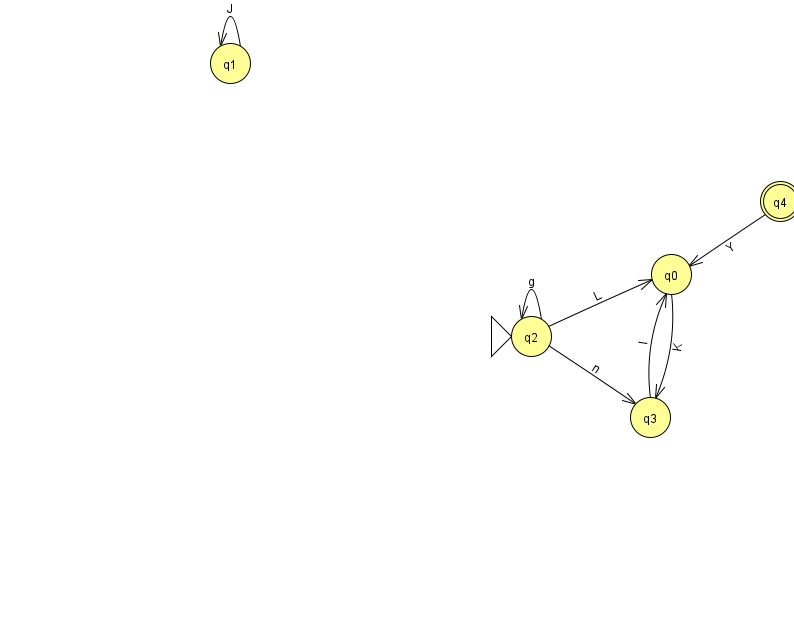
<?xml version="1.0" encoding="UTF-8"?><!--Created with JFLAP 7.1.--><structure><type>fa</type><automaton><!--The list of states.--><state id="0" name="q0"><x>671.0</x><y>261.0</y></state><state id="1" name="q1"><x>230.0</x><y>50.0</y></state><state id="2" name="q2"><x>531.0</x><y>323.0</y><initial/></state><state id="3" name="q3"><x>650.0</x><y>404.0</y></state><state id="4" name="q4"><x>780.0</x><y>188.0</y><final/></state><!--The list of transitions.--><transition><from>2</from><to>3</to><read>n</read></transition><transition><from>2</from><to>0</to><read>L</read></transition><transition><from>2</from><to>2</to><read>g</read></transition><transition><from>1</from><to>1</to><read>J</read></transition><transition><from>3</from><to>0</to><read>I</read></transition><transition><from>4</from><to>0</to><read>Y</read></transition><transition><from>0</from><to>3</to><read>K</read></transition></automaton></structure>